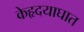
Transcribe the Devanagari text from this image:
केहृदयाघात